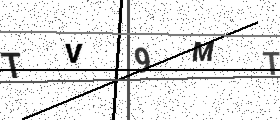
Text: TV9MT